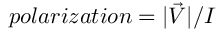
p o l a r i z a t i o n = \lvert \Vec { V } \rvert / I